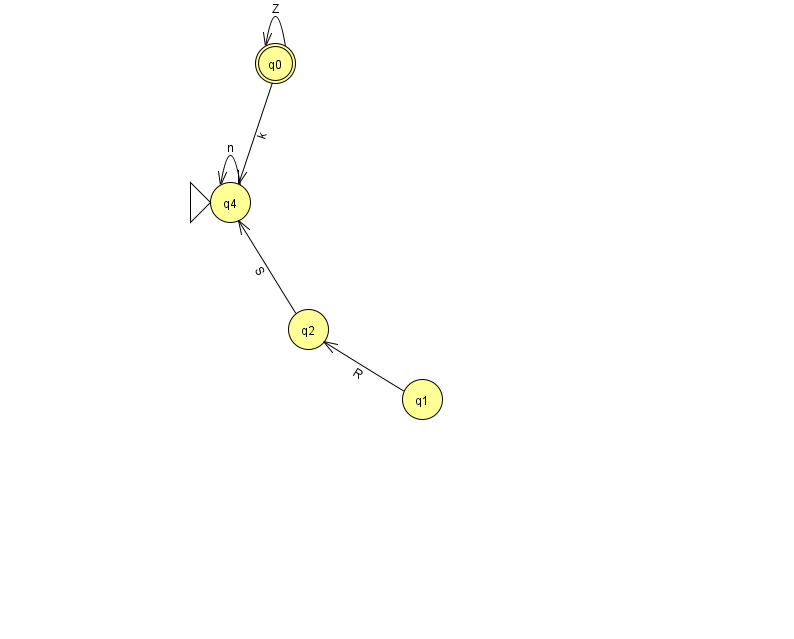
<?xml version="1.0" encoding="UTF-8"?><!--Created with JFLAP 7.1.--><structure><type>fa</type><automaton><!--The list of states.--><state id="0" name="q0"><x>275.0</x><y>50.0</y><final/></state><state id="1" name="q1"><x>422.0</x><y>386.0</y></state><state id="2" name="q2"><x>308.0</x><y>316.0</y></state><state id="4" name="q4"><x>230.0</x><y>189.0</y><initial/></state><!--The list of transitions.--><transition><from>2</from><to>4</to><read>S</read></transition><transition><from>0</from><to>0</to><read>Z</read></transition><transition><from>1</from><to>2</to><read>R</read></transition><transition><from>0</from><to>4</to><read>k</read></transition><transition><from>4</from><to>4</to><read>n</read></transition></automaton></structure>